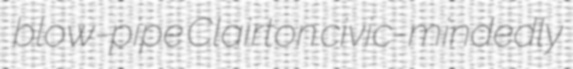
blow-pipe Clairton civic-mindedly